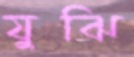
যুঝি